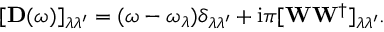
\begin{array} { r } { [ \mathbf D ( \omega ) ] _ { \lambda \lambda ^ { \prime } } = ( \omega - \omega _ { \lambda } ) \delta _ { \lambda \lambda ^ { \prime } } + \mathrm { i } \pi [ \mathbf { W } \mathbf { W } ^ { \dagger } ] _ { \lambda \lambda ^ { \prime } } . } \end{array}